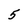
Character: 5